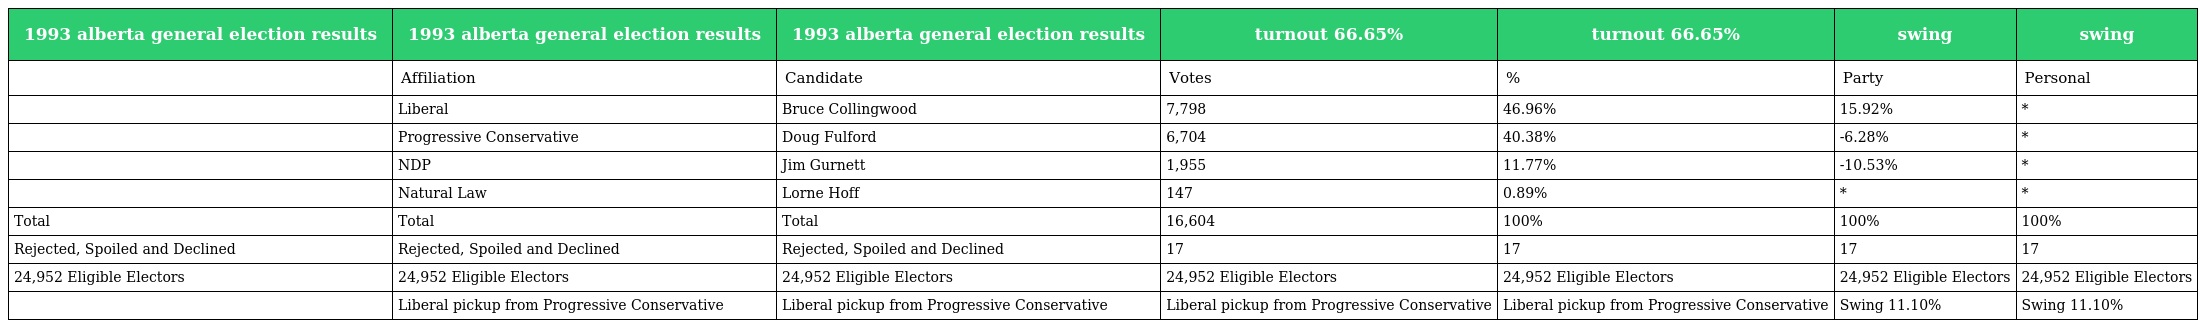
| 1993 alberta general election results | 1993 alberta general election results | 1993 alberta general election results | turnout 66.65% | turnout 66.65% | swing | swing |
 | --- | --- | --- | --- | --- | --- | --- |
 |  | Affiliation | Candidate | Votes | % | Party | Personal |
 |  | Liberal | Bruce Collingwood | 7,798 | 46.96% | 15.92% | * |
 |  | Progressive Conservative | Doug Fulford | 6,704 | 40.38% | -6.28% | * |
 |  | NDP | Jim Gurnett | 1,955 | 11.77% | -10.53% | * |
 |  | Natural Law | Lorne Hoff | 147 | 0.89% | * | * |
 | Total | Total | Total | 16,604 | 100% | 100% | 100% |
 | Rejected, Spoiled and Declined | Rejected, Spoiled and Declined | Rejected, Spoiled and Declined | 17 | 17 | 17 | 17 |
 | 24,952 Eligible Electors | 24,952 Eligible Electors | 24,952 Eligible Electors | 24,952 Eligible Electors | 24,952 Eligible Electors | 24,952 Eligible Electors | 24,952 Eligible Electors |
 |  | Liberal pickup from Progressive Conservative | Liberal pickup from Progressive Conservative | Liberal pickup from Progressive Conservative | Liberal pickup from Progressive Conservative | Swing 11.10% | Swing 11.10% |